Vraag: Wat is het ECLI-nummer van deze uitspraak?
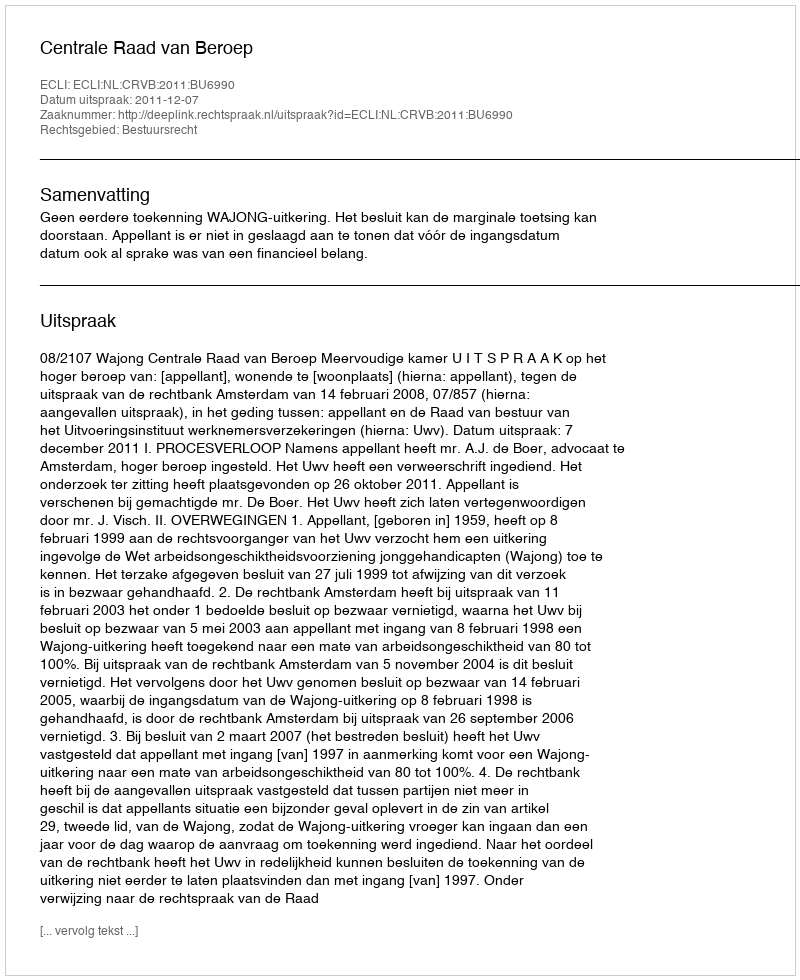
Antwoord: ECLI:NL:CRVB:2011:BU6990